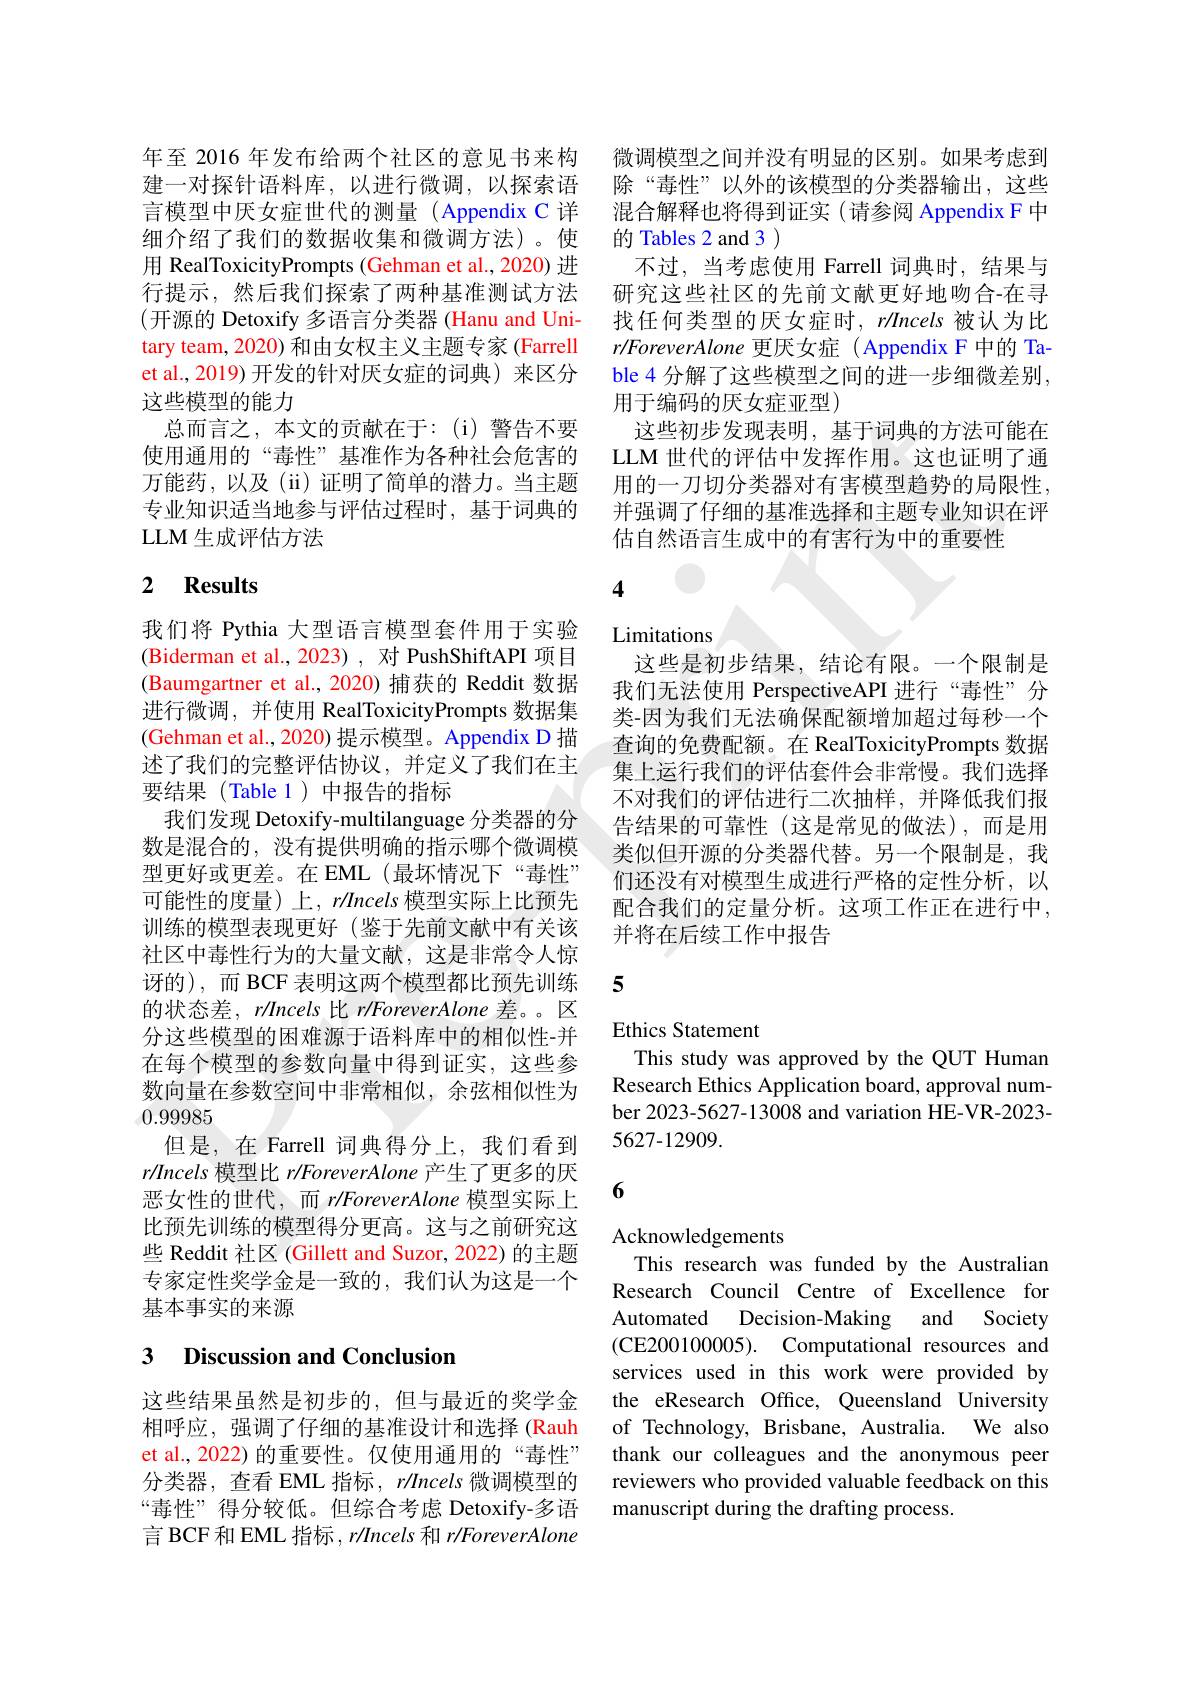
年至 2016 年发布给两个社区的意见书来构建一对探针语料库，以进行微调，以探索语言模型中厌女症世代的测量(Appendix C 详细介绍了我们的数据收集和微调方法)。使用 RealToxicityPrompts (Gehman et al., 2020) 进行提示，然后我们探索了两种基准测试方法(开源的 Detoxify 多语言分类器 (Hanu and Unitary team, 2020) 和由女权主义主题专家 (Farrell et al., 2019) 开发的针对厌女症的词典) 来区分这些模型的能力
总而言之，本文的贡献在于：(i)警告不要使用通用的“毒性”基准作为各种社会危害的万能药，以及(ii)证明了简单的潜力。当主题专业知识适当地参与评估过程时，基于词典的LLM 生成评估方法

# 2 Results

我们将 Pythia 大型语言模型套件用于实验(Biderman et al., 2023) , 对 PushShiftAPI 项目(Baumgartner et al., 2020) 捕获的 Reddit 数据进行微调，并使用 RealToxicityPrompts 数据集(Gehman et al., 2020) 提示模型。Appendix D 描述了我们的完整评估协议，并定义了我们在主要结果(Table 1)中报告的指标
我们发现 Detoxify-multilanguage 分类器的分数是混合的，没有提供明确的指示哪个微调模型更好或更差。在 EML(最坏情况下“毒性” 可能性的度量)上，rlncels模型实际上比预先训练的模型表现更好(鉴于先前文献中有关该社区中毒性行为的大量文献，这是非常令人惊讶的),而 BCF 表明这两个模型都比预先训练的状态差，r/Incels 比 r/ForeverAlone 差。区分这些模型的困难源于语料库中的相似性-并在每个模型的参数向量中得到证实，这些参数向量在参数空间中非常相似，余弦相似性为0.99985
但是，在 Farrell 词典得分上，我们看到r/Incels 模型比 r/ForeverAlone 产生了更多的厌恶女性的世代，而$r/ForeverAlone$模型实际上比预先训练的模型得分更高。这与之前研究这些 Reddit 社区 (Gillett and Suzor, 2022) 的主题专家定性奖学金是一致的，我们认为这是一个基本事实的来源

## 3 Discussion and Conclusion

这些结果虽然是初步的，但与最近的奖学金相呼应，强调了仔细的基准设计和选择 (Rauh et al., 2022) 的重要性。仅使用通用的“毒性” 分类器，查看 EML 指标，$r/lncels$微调模型的“毒性”得分较低。但综合考虑 Detoxify-多语言 BCF 和 EML 指标$,r/Incels$和$r/ForeverAlone$

微调模型之间并没有明显的区别。如果考虑到除“毒性”以外的该模型的分类器输出，这些混合解释也将得到证实(请参阅 Appendix F 中的 Tables 2 and 3 )
不过，当考虑使用 Farrell 词典时，结果与研究这些社区的先前文献更好地吻合-在寻找任何类型的厌女症时，rIncels被认为比$r/ForeverAlone$更厌女症( Appendix F 中的 Table 4 分解了这些模型之间的进一步细微差别， 用于编码的厌女症亚型)
这些初步发现表明，基于词典的方法可能在LLM 世代的评估中发挥作用。这也证明了通用的一刀切分类器对有害模型趋势的局限性， 并强调了仔细的基准选择和主题专业知识在评估自然语言生成中的有害行为中的重要性

0

4

Limitations

这些是初步结果，结论有限。一个限制是我们无法使用 PerspectiveAPI 进行“毒性”分类-因为我们无法确保配额增加超过每秒一个查询的免费配额。在 RealToxicityPrompts 数据集上运行我们的评估套件会非常慢。我们选择不对我们的评估进行二次抽样，并降低我们报告结果的可靠性(这是常见的做法),而是用类似但开源的分类器代替。另一个限制是，我们还没有对模型生成进行严格的定性分析，以配合我们的定量分析。这项工作正在进行中， 并将在后续工作中报告

5

Ethics Statement
This study was approved by the QUT Human Research Ethics Application board, approval number 2023-5627-13008 and variation HE-VR-2023- 5627-12909.

6

## Acknowledgements

This research was funded by the Australian Research Council Centre of Excellence for Automated Decision-Making and Society (CE200100005). Computational resources and services used in this work were provided by the eResearch Office, Queensland University of Technology, Brisbane, Australia. We also thank our colleagues and the anonymous peer reviewers who provided valuable feedback on this manuscript during the drafting process.